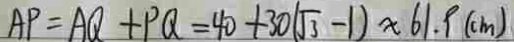
A P = A Q + P Q = 4 0 + 3 0 ( \sqrt { 3 } - 1 ) \approx 6 1 . 9 ( c m )